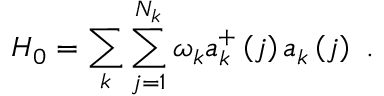
H _ { 0 } = \sum _ { k } \sum _ { j = 1 } ^ { N _ { k } } \omega _ { k } a _ { k } ^ { + } \left( j \right) a _ { k } \left( j \right) \, \, .